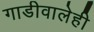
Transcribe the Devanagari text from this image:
गाडीवालेही